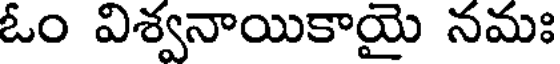
ఓం విశ్వనాయికాయై నమః